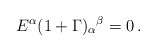
\begin{align*}E^\alpha (1+\Gamma)_\alpha{}^\beta = 0\, .\end{align*}